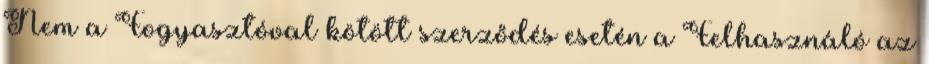
Nem a Fogyasztóval kötött szerződés esetén a Felhasználó az